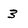
Character: 3